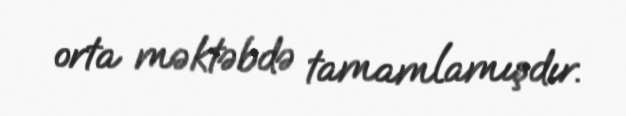
orta məktəbdə tamamlamışdır.